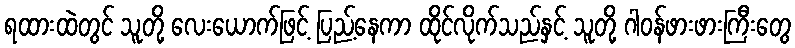
ရထားထဲတွင် သူတို့ လေးယောက်ဖြင့် ပြည့်နေကာ ထိုင်လိုက်သည်နှင့် သူတို့ ဂါဝန်ဖားဖားကြီးတွေ